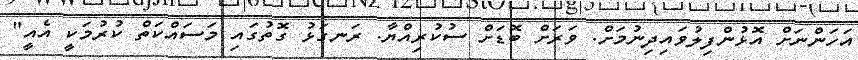
އަހަންނަށް އޮޅުންފިލުވައިދިނުމަށް. ވަރަށް ބޮޑަށް ސުކުރިއްޔާ. ރަނގަޅު ގޮތުގައި މަސައްކަތް ކުރުމަކީ އެއީ"